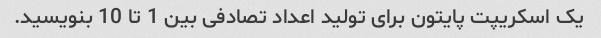
یک اسکریپت پایتون برای تولید اعداد تصادفی بین 1 تا 10 بنویسید.